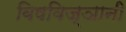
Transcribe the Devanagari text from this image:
विषविज्ञानी